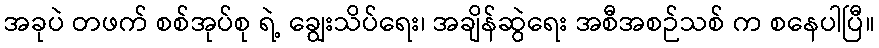
အခုပဲ တဖက် စစ်အုပ်စု ရဲ့ ချွေးသိပ်ရေး၊ အချိန်ဆွဲရေး အစီအစဉ်သစ် က စနေပါပြီ။